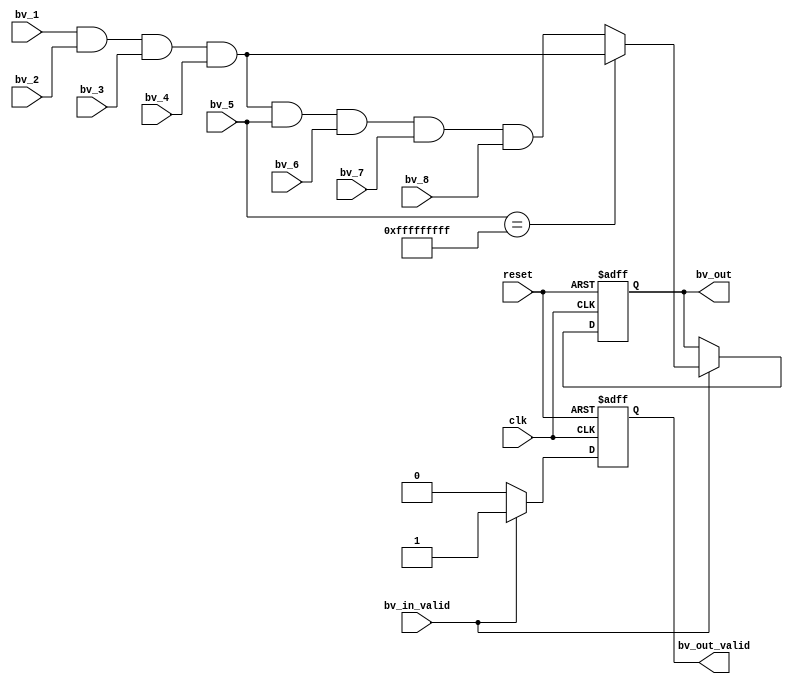

`timescale 1ns/1ps

module bv_and_8(
clk,
reset,

bv_in_valid,
bv_1,
bv_2,
bv_3,
bv_4,
bv_5,
bv_6,
bv_7,
bv_8,
bv_out_valid,
bv_out

);

parameter rule_num = 36; // size of ruleset: 128, 256, 512, 1024
parameter rule_num_half = 18;
parameter cluster_n = 36; // two m9K -> 36*512

input clk;
input reset;
input bv_in_valid;
input [cluster_n-1:0]  bv_1;
input [cluster_n-1:0]  bv_2;
input [cluster_n-1:0]  bv_3;
input [cluster_n-1:0]  bv_4;
input [cluster_n-1:0]  bv_5;
input [cluster_n-1:0]  bv_6;
input [cluster_n-1:0]  bv_7;
input [cluster_n-1:0]  bv_8;
output  reg         bv_out_valid;
output  reg [rule_num-1:0]  bv_out;

always @(posedge clk or negedge reset)
begin
    if(!reset)
      begin
          bv_out <= {rule_num{1'b0}};
          bv_out_valid <= 1'b0;
      end
    else
      begin
          if(bv_in_valid == 1'b1)
            if(bv_5 == {cluster_n{1'b1}})
              begin
                case(rule_num)
                  36:     bv_out <= {bv_1 & bv_2 & bv_3 & bv_4};
                  //128:    bv_out <= {bv_1, bv_2, bv_3, bv_4[19:0]};
                  //256:    bv_out <= {bv_1, bv_2, bv_3, bv_4, bv_5, bv_6, bv_7, bv_8[3:0]};
                  //512:    bv_out <= {224'b0, bv_1, bv_2, bv_3, bv_4, bv_5, bv_6, bv_7, bv_8};
                  //1024:   bv_out <= {736'b0,bv_1, bv_2, bv_3, bv_4, bv_5, bv_6, bv_7, bv_8};
                  default: ;
                endcase
                bv_out_valid <= 1'b1;
              end
            else 
              begin
                case(rule_num)
                  36:     bv_out <= {bv_1 & bv_2 & bv_3 & bv_4 & bv_5 & bv_6 & bv_7 & bv_8};
                  //128:    bv_out <= {bv_1, bv_2, bv_3, bv_4[19:0]};
                  //256:    bv_out <= {bv_1, bv_2, bv_3, bv_4, bv_5, bv_6, bv_7, bv_8[3:0]};
                  //512:    bv_out <= {224'b0, bv_1, bv_2, bv_3, bv_4, bv_5, bv_6, bv_7, bv_8};
                  //1024:   bv_out <= {736'b0,bv_1, bv_2, bv_3, bv_4, bv_5, bv_6, bv_7, bv_8};
                  default: ;
                endcase
                bv_out_valid <= 1'b1;
              end
          else  bv_out_valid <= 1'b0;
      end
end













endmodule